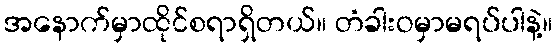
အနောက်မှာထိုင်စရာရှိတယ်။ တံခါးဝမှာမရပ်ပါနဲ့။